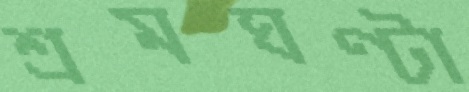
শ্রমঘণ্টা